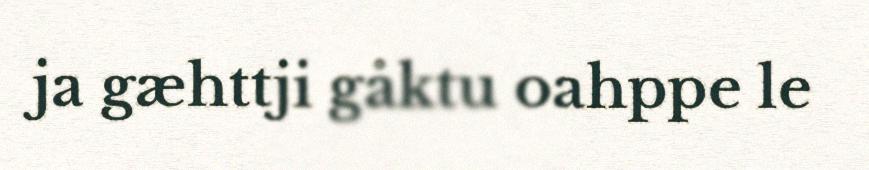
ja gæhttji gåktu oahppe le